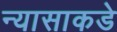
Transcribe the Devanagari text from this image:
न्यासाकडे